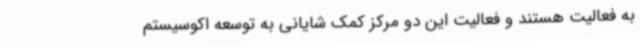
به فعالیت هستند و فعالیت این دو مرکز کمک شایانی به توسعه اکوسیستم